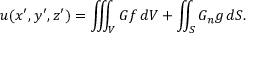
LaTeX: u ( x ^ { \prime } , y ^ { \prime } , z ^ { \prime } ) = \iiint _ { V } G f \, d V + \iint _ { S } G _ { n } g \, d S .